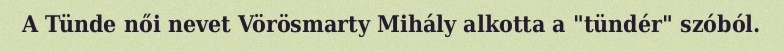
A Tünde női nevet Vörösmarty Mihály alkotta a "tündér" szóból.